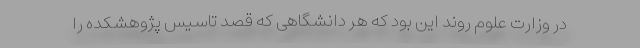
در وزارت علوم روند این بود که هر دانشگاهی که قصد تاسیس پژوهشکده را